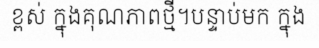
ខ្ពស់ ក្នុងគុណភាពថ្មី។បន្ទាប់មក ក្នុង